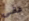
عقلى